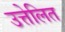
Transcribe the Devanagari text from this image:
उत्तेलित